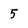
Character: 5